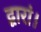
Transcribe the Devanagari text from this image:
द्वारां।